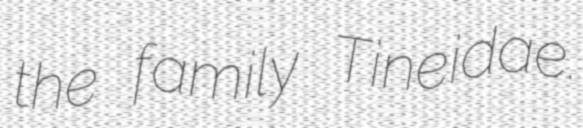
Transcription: the family Tineidae.